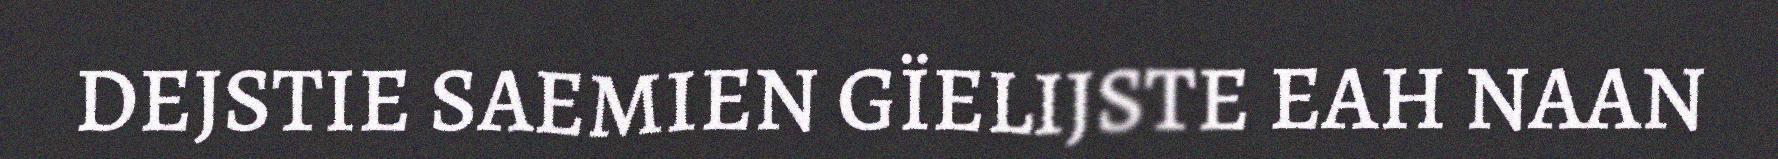
DEJSTIE SAEMIEN GÏELIJSTE EAH NAAN